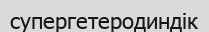
супергетеродиндік